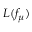
L ( f _ { \mu } )